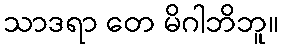
သာဒရာ တေ မိဂါဘိဘူ။